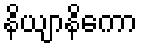
နိယျာနိကော